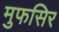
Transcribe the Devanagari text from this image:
मुफसिर